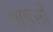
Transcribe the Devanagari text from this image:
साहसों